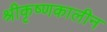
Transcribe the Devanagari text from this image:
श्रीकृष्णकालीन